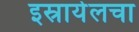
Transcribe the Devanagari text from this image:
इस्रायेलचा